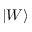
\left| W \right\rangle